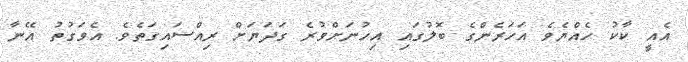
އެއީ ކާކު ހެއްޔެވެ އަހަރެންގެ ބޮލުގައި އިހުނަށްވުރެ ގަދަޔަށް ރިއްސައިގަތެވެ. އެވަގުތު އޭނާ